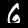
Label: 6